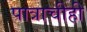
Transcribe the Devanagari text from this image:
पात्राचीही